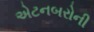
એટનબરોની